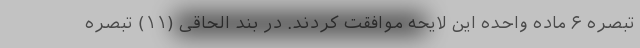
تبصره ۶ ماده واحده این لایحه موافقت کردند. در بند الحاقی (۱۱) تبصره